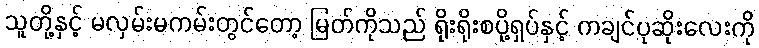
သူတို့နှင့် မလှမ်းမကမ်းတွင်တော့ မြတ်ကိုသည် ရိုးရိုးစပို့ရှပ်နှင့် ကချင်ပုဆိုးလေးကို